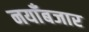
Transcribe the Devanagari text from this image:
नयाँबजार